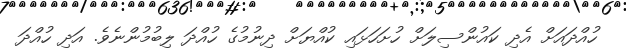
ހުއްދައަށް އެދި ކައުންސިލަށް ހުށަހަޅައި ކުއްޔަށް ދިނުމުގެ ހުއްދަ ލިބުމުންނެވެ. އަދި ހުއްދަ